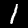
Digit: 1